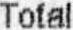
TOTAL